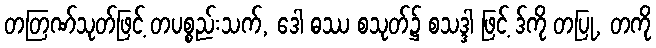
တတြဏ်သုတ်ဖြင့် တပစ္စည်းသက်, ဒေါ ဓဿ စသုတ်၌ စသဒ္ဒါ ဖြင့် ဒ်ကို တပြု, တကို